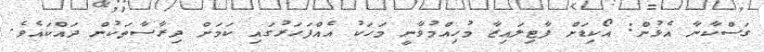
ގަސްކާނާ އެޅުން: އޯކިޑަށް ފާޓިލައިޒާ މުހިއްމުވާނީ މަހަކު އެއްފަހަރުގައި ކަމަށް ދިރާސާތަކުން ދައްކައެވެ.